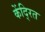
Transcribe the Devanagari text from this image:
केंदि्रत